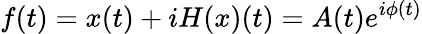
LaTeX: f(t)=x(t)+iH(x)(t)=A(t)e^{i\phi(t)}